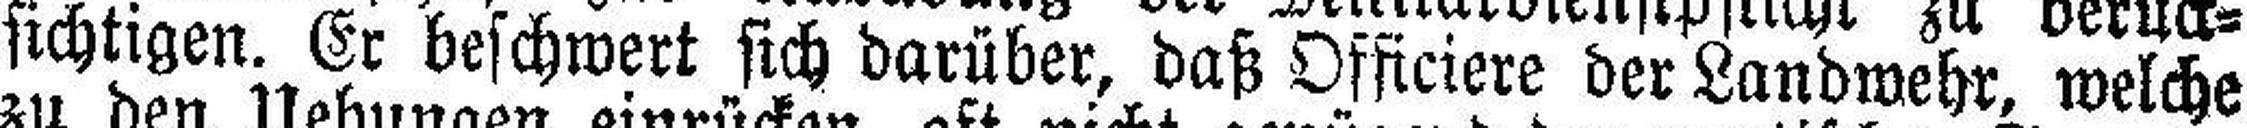
sichtigen. Er beschwert sich darüber, daß Officiere der Landwehr, welche